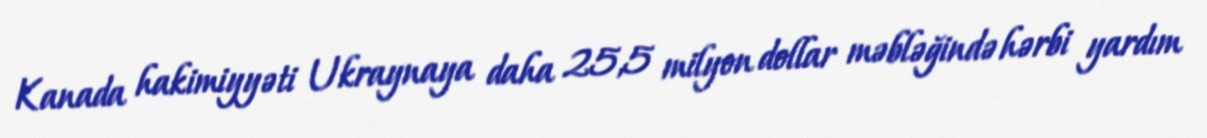
Kanada hakimiyyəti Ukraynaya daha 25,5 milyon dollar məbləğində hərbi yardım